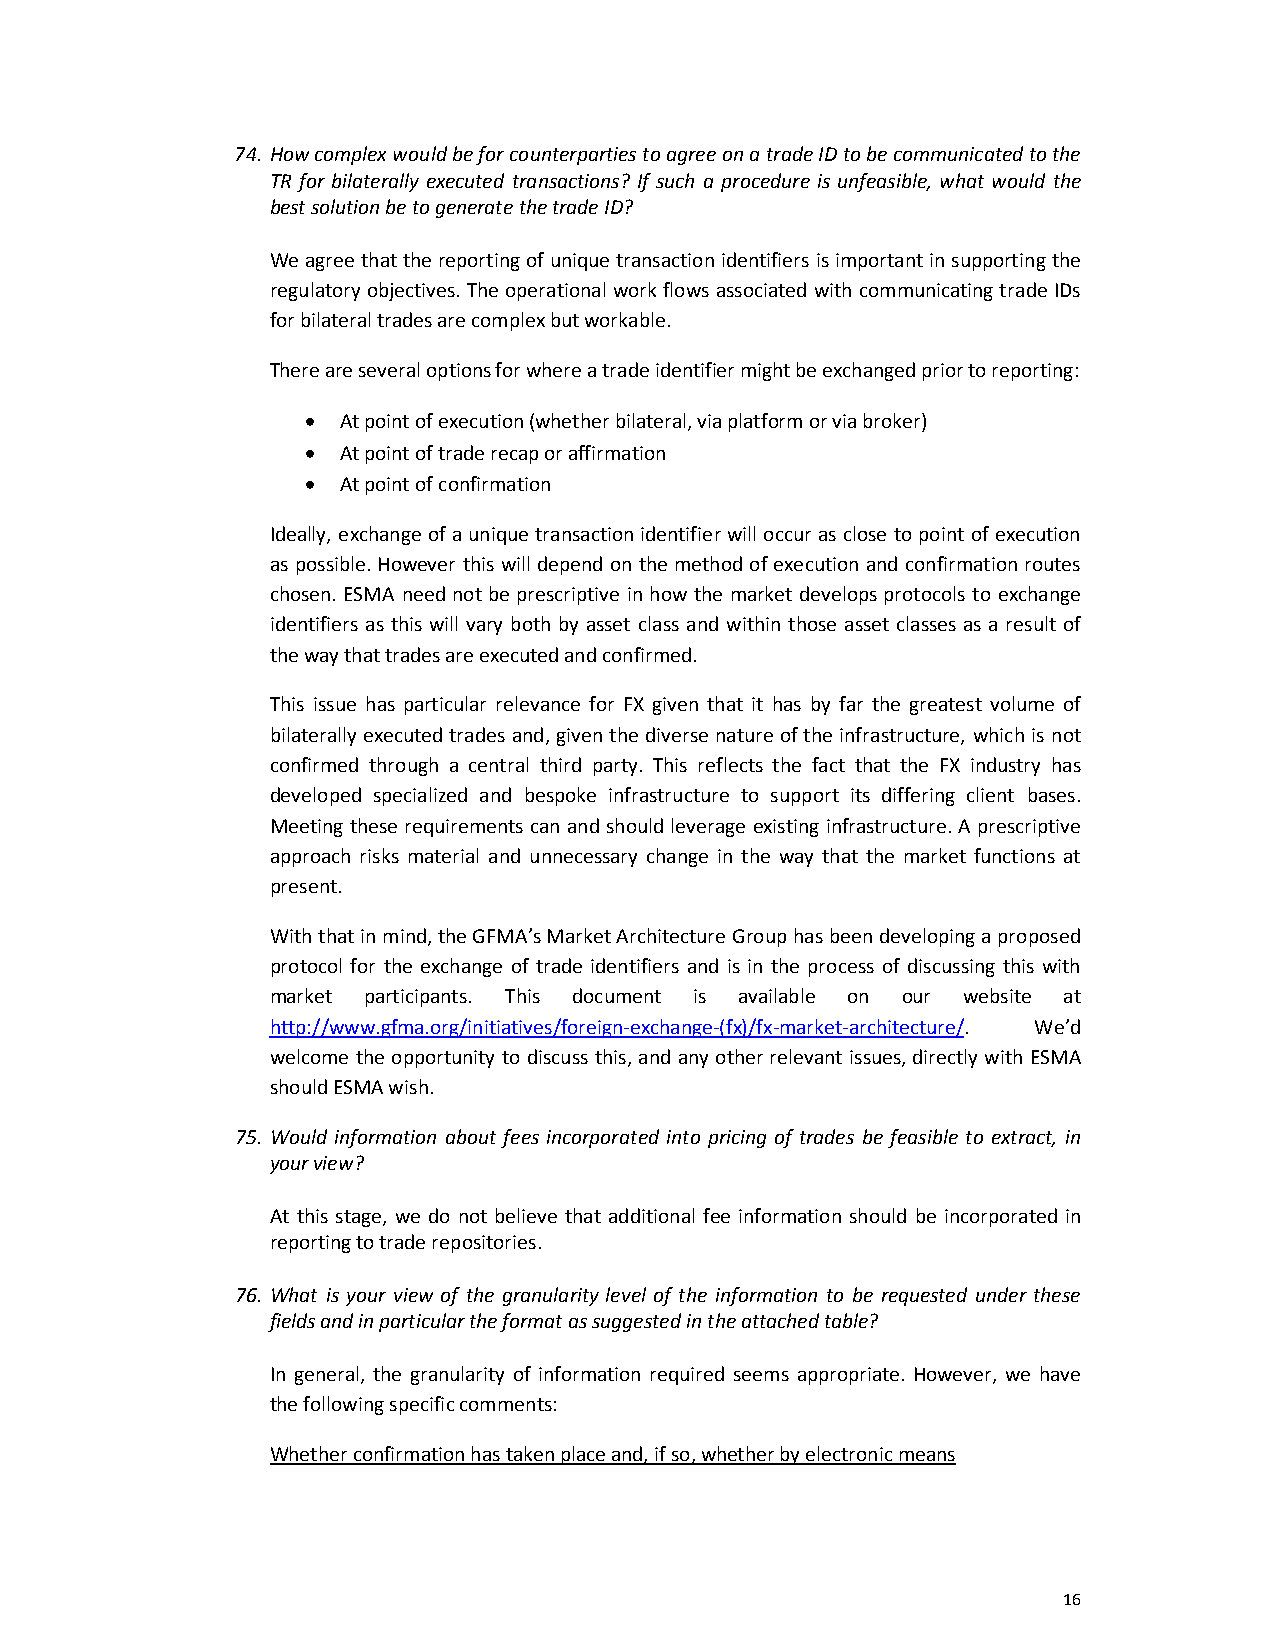
74. How complex would be for counterparties to agree on a trade ID to be communicated to the
 TR for bilaterally executed transactions? If such a procedure is unfeasible, what would the
 best solution be to generate the trade ID?
 We agree that the reporting of unique transaction identifiers is important in supporting the
 regulatory objectives. The operational work flows associated with communicating trade IDs
 for bilateral trades are complex but workable.
 There are several options for where a trade identifier might be exchanged prior to reporting:
 •  At point of execution (whether bilateral, via platform or via broker)
 •  At point of trade recap or affirmation
 •  At point of confirmation
 Ideally, exchange of a unique transaction identifier will occur as close to point of execution
 as possible. However this will depend on the method of execution and confirmation routes
 chosen. ESMA need not be prescriptive in how the market develops protocols to exchange
 identifiers as this will vary both by asset class and within those asset classes as a result of
 the way that trades are executed and confirmed.
 This issue has particular relevance for FX given that it has by far the greatest volume of
 bilaterally executed trades and, given the diverse nature of the infrastructure, which is not
 confirmed through a central third party. This reflects the fact that the FX industry has
 developed specialized and bespoke infrastructure to support its differing client bases.
 Meeting these requirements can and should leverage existing infrastructure. A prescriptive
 approach risks material and unnecessary change in the way that the market functions at
 present.
 With that in mind, the GFMA’s Market Architecture Group has been developing a proposed
 protocol for the exchange of trade identifiers and is in the process of discussing this with
 market participants. This document is available on our website at
 http://www.gfma.org/initiatives/foreign-exchange-(fx)/fx-market-architecture/. We’d
 welcome the opportunity to discuss this, and any other relevant issues, directly with ESMA
 should ESMA wish.
 75. Would information about fees incorporated into pricing of trades be feasible to extract, in
 your view?
 At this stage, we do not believe that additional fee information should be incorporated in
 reporting to trade repositories.
 76. What is your view of the granularity level of the information to be requested under these
 fields and in particular the format as suggested in the attached table?
 In general, the granularity of information required seems appropriate. However, we have
 the following specific comments:
 Whether confirmation has taken place and, if so, whether by electronic means
 16